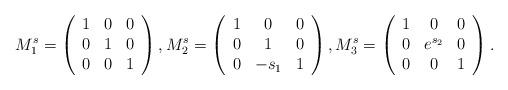
LaTeX: \begin{align*}M_{1}^{s}=\left( \begin{array}{ccc}1 & 0 & 0 \\ 0 & 1 & 0 \\ 0 & 0 & 1\end{array}\right) ,M_{2}^{s}=\left( \begin{array}{ccc}1 & 0 & 0 \\ 0 & 1 & 0 \\ 0 & -s_{1} & 1\end{array}\right) ,M_{3}^{s}=\left( \begin{array}{ccc}1 & 0 & 0 \\ 0 & e^{s_{2}} & 0 \\ 0 & 0 & 1\end{array}\right) .\end{align*}